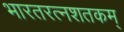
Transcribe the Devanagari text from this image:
भारतरत्नशतकम्